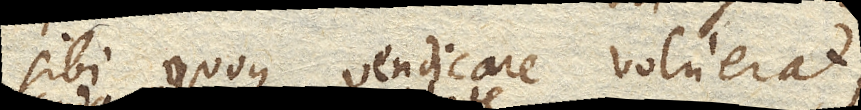
sibi quoque vendicare voluerat,